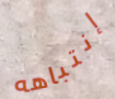
إنتباهه